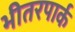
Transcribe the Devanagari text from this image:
भीतरपार्क